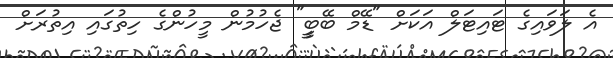
އެ ލަވައިގެ ޓައިޓަލް އަކަށް "ޑޭމް ބޭބީީ" ޖެހުމުން މީހުންގެ ހިތުުގައި އިތުރަށް